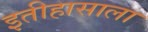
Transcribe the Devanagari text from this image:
इतीहासाला